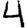
Digit: 4